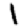
Digit: 1